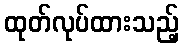
ထုတ်လုပ်ထားသည့်